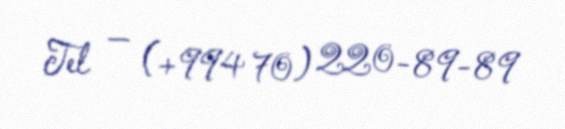
Tel — (+994 70) 220-89-89